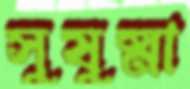
সুষুষ্মা